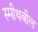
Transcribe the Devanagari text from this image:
स्मीथबील